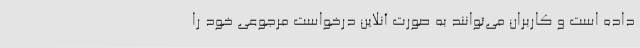
داده است و کاربران می‌توانند به صورت آنلاین درخواست مرجوعی خود را